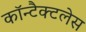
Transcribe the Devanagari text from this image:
कॉन्टैक्टलेस